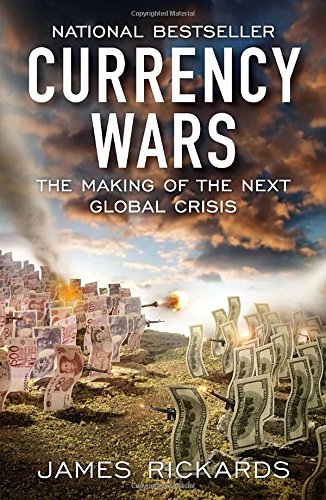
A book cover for Currency Wars: The Making of the Next Global Crisis; James Rickards; Business & Money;